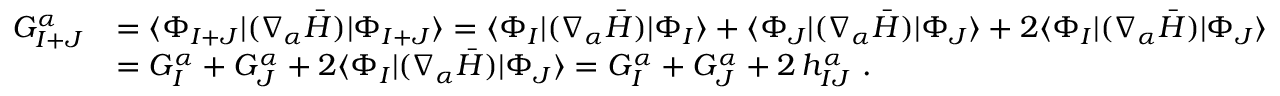
\begin{array} { r l } { G _ { I + J } ^ { \alpha } } & { = \langle \Phi _ { I + J } | ( \nabla _ { \alpha } \bar { H } ) | \Phi _ { I + J } \rangle = \langle \Phi _ { I } | ( \nabla _ { \alpha } \bar { H } ) | \Phi _ { I } \rangle + \langle \Phi _ { J } | ( \nabla _ { \alpha } \bar { H } ) | \Phi _ { J } \rangle + 2 \langle \Phi _ { I } | ( \nabla _ { \alpha } \bar { H } ) | \Phi _ { J } \rangle } \\ & { = G _ { I } ^ { \alpha } + G _ { J } ^ { \alpha } + 2 \langle \Phi _ { I } | ( \nabla _ { \alpha } \bar { H } ) | \Phi _ { J } \rangle = G _ { I } ^ { \alpha } + G _ { J } ^ { \alpha } + 2 \, h _ { I J } ^ { \alpha } ~ . } \end{array}